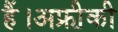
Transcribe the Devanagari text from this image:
हैं।अफ्री़की